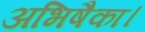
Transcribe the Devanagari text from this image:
अभिषैका।